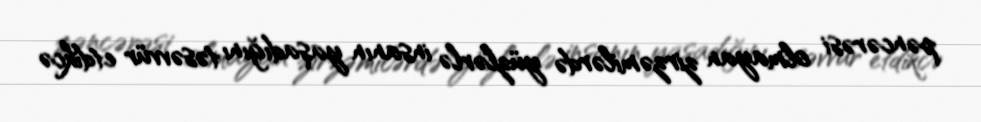
pəncərəsi olmayan zirzəmilərdə yüzlərlə insanın yaşadığını təsəvvür etdikcə